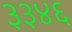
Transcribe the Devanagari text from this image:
३३४६